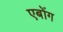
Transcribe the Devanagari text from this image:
एबोंग